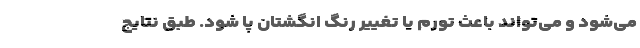
می‌شود و می‌تواند باعث تورم یا تغییر رنگ انگشتان پا شود. طبق نتایج